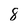
Character: 8